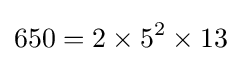
650=2\times 5^{2}\times 13